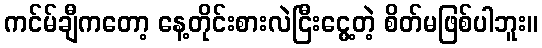
ကင်မ်ချီကတော့ နေ့တိုင်းစားလဲငြီးငွေ့တဲ့ စိတ်မဖြစ်ပါဘူး။